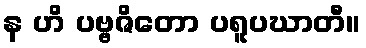
န ဟိ ပဗ္ဗဇိတော ပရူပဃာတီ။